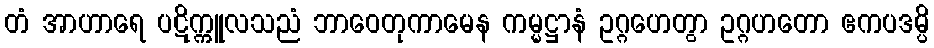
တံ အာဟာရေ ပဋိက္ကူလသညံ ဘာဝေတုကာမေန ကမ္မဋ္ဌာနံ ဥဂ္ဂဟေတွာ ဥဂ္ဂဟတော ဧကပဒမ္ပိ